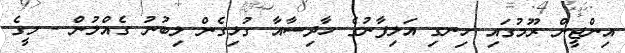
އިންޖީން ރޫމުގައި ހިނގި އަލިފާނުގެ ހާދިސާއާ ގުޅިގެން ލިބުނު ގެއްލުން - މީގެ